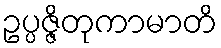
ဥပ္ပဇ္ဇိတုကာမာတိ